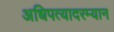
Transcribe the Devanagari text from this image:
अधिपत्यादरम्यान